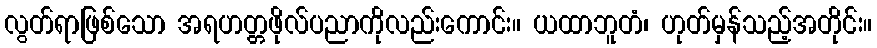
လွတ်ရာဖြစ်သော အရဟတ္တဖိုလ်ပညာကိုလည်းကောင်း။ ယထာဘူတံ၊ ဟုတ်မှန်သည့်အတိုင်း။